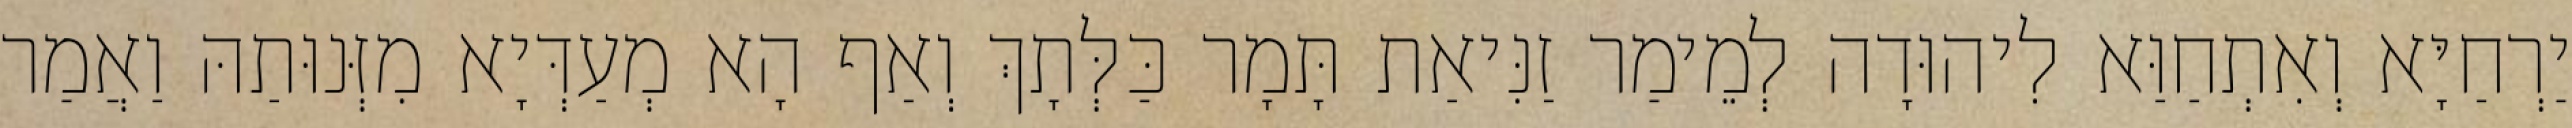
יַרְחַיָּא וְאִתְחַוַּא לִיהוּדָה לְמֵימַר זַנִּיאַת תָּמָר כַּלְּתָךְ וְאַף הָא מְעַדְּיָא מִזְּנוּתַהּ וַאֲמַר